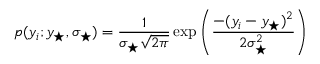
p ( y _ { i } ; y _ { \star } , \sigma _ { \star } ) = \frac { 1 } { \sigma _ { \star } \sqrt { 2 \pi } } \exp \left( \frac { - ( y _ { i } - y _ { \star } ) ^ { 2 } } { 2 \sigma _ { \star } ^ { 2 } } \right)